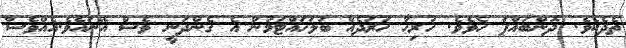
ތެދެކެވެ. ދޮންބައްޕަ ހެވެވެ. ހުރިހާ ޚަރަދެއް ބަލަހައްޓަމުން އެ ގެންދަނީ ވެސް އޭނައެވެ.އެއްވެސް